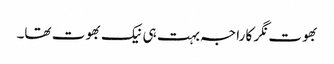
بھوت نگر کا راجہ بہت ہی نیک بھوت تھا۔